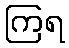
ကြရ